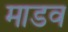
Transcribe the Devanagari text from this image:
माडव